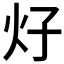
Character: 𰝼